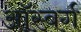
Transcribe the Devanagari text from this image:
ऑस्बर्ग